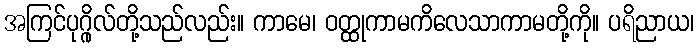
အကြင်ပုဂ္ဂိုလ်တို့သည်လည်း။ ကာမေ၊ ဝတ္ထုကာမကိလေသာကာမတို့ကို။ ပရိညာယ၊